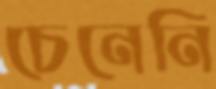
চেনেনি